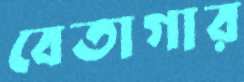
বেতাগার